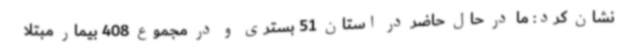
نشان کرد: ما در حال حاضر در استان 51 بستری و در مجموع 408 بیمار مبتلا